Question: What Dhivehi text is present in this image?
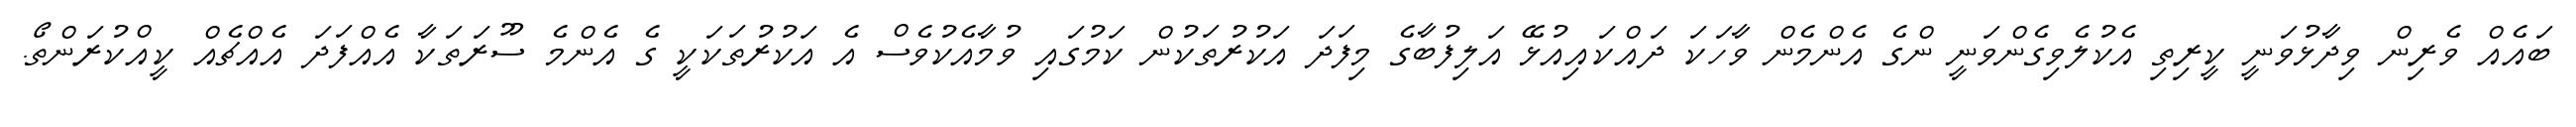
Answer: ބައެއް ވެރިން ވިދާޅުވަނީ ކީރިތި އެކުލެވިގެންވަނީ ންގެ އެންމެން ވާހަކަ ދައްކައިއުޅޭ އަލިފުބާގެ މިފަދަ އަކުރުތަކުން ކަމުގައި ވުމާއެކުވެސް އެ އަކުރުތަކަކީ ގެ އެންމެ ސޫރަތަކާ އެއްފަދަ އެއްޗެއް ކީއްކުރަންތޯ.